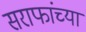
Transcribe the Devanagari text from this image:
सराफांच्या